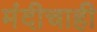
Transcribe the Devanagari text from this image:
मंदीचाही